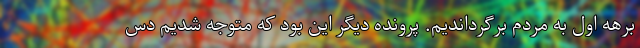
برهه اول به مردم برگرداندیم. پرونده دیگر این بود که متوجه شدیم دس